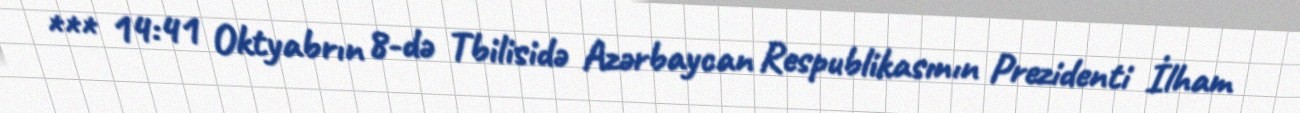
*** 14:41 Oktyabrın 8-də Tbilisidə Azərbaycan Respublikasının Prezidenti İlham